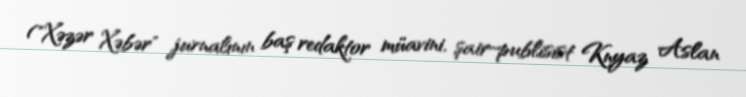
("Xəzər Xəbər" jurnalının baş redaktor müavini, şair-publisist Knyaz Aslan